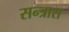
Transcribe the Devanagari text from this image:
सन्त्रास